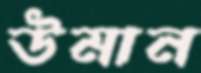
উমান